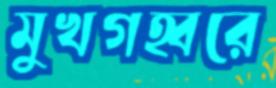
মুখগহ্বরে